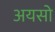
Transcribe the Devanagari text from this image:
अयसो